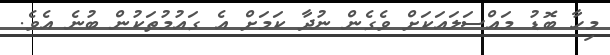
މިހާ ބޮޑު މައްސަލައަކަށް ވެގެން ނުދާ ކަމަށް އެ ގައުމުތަކުން ބުނެ އެވެ.